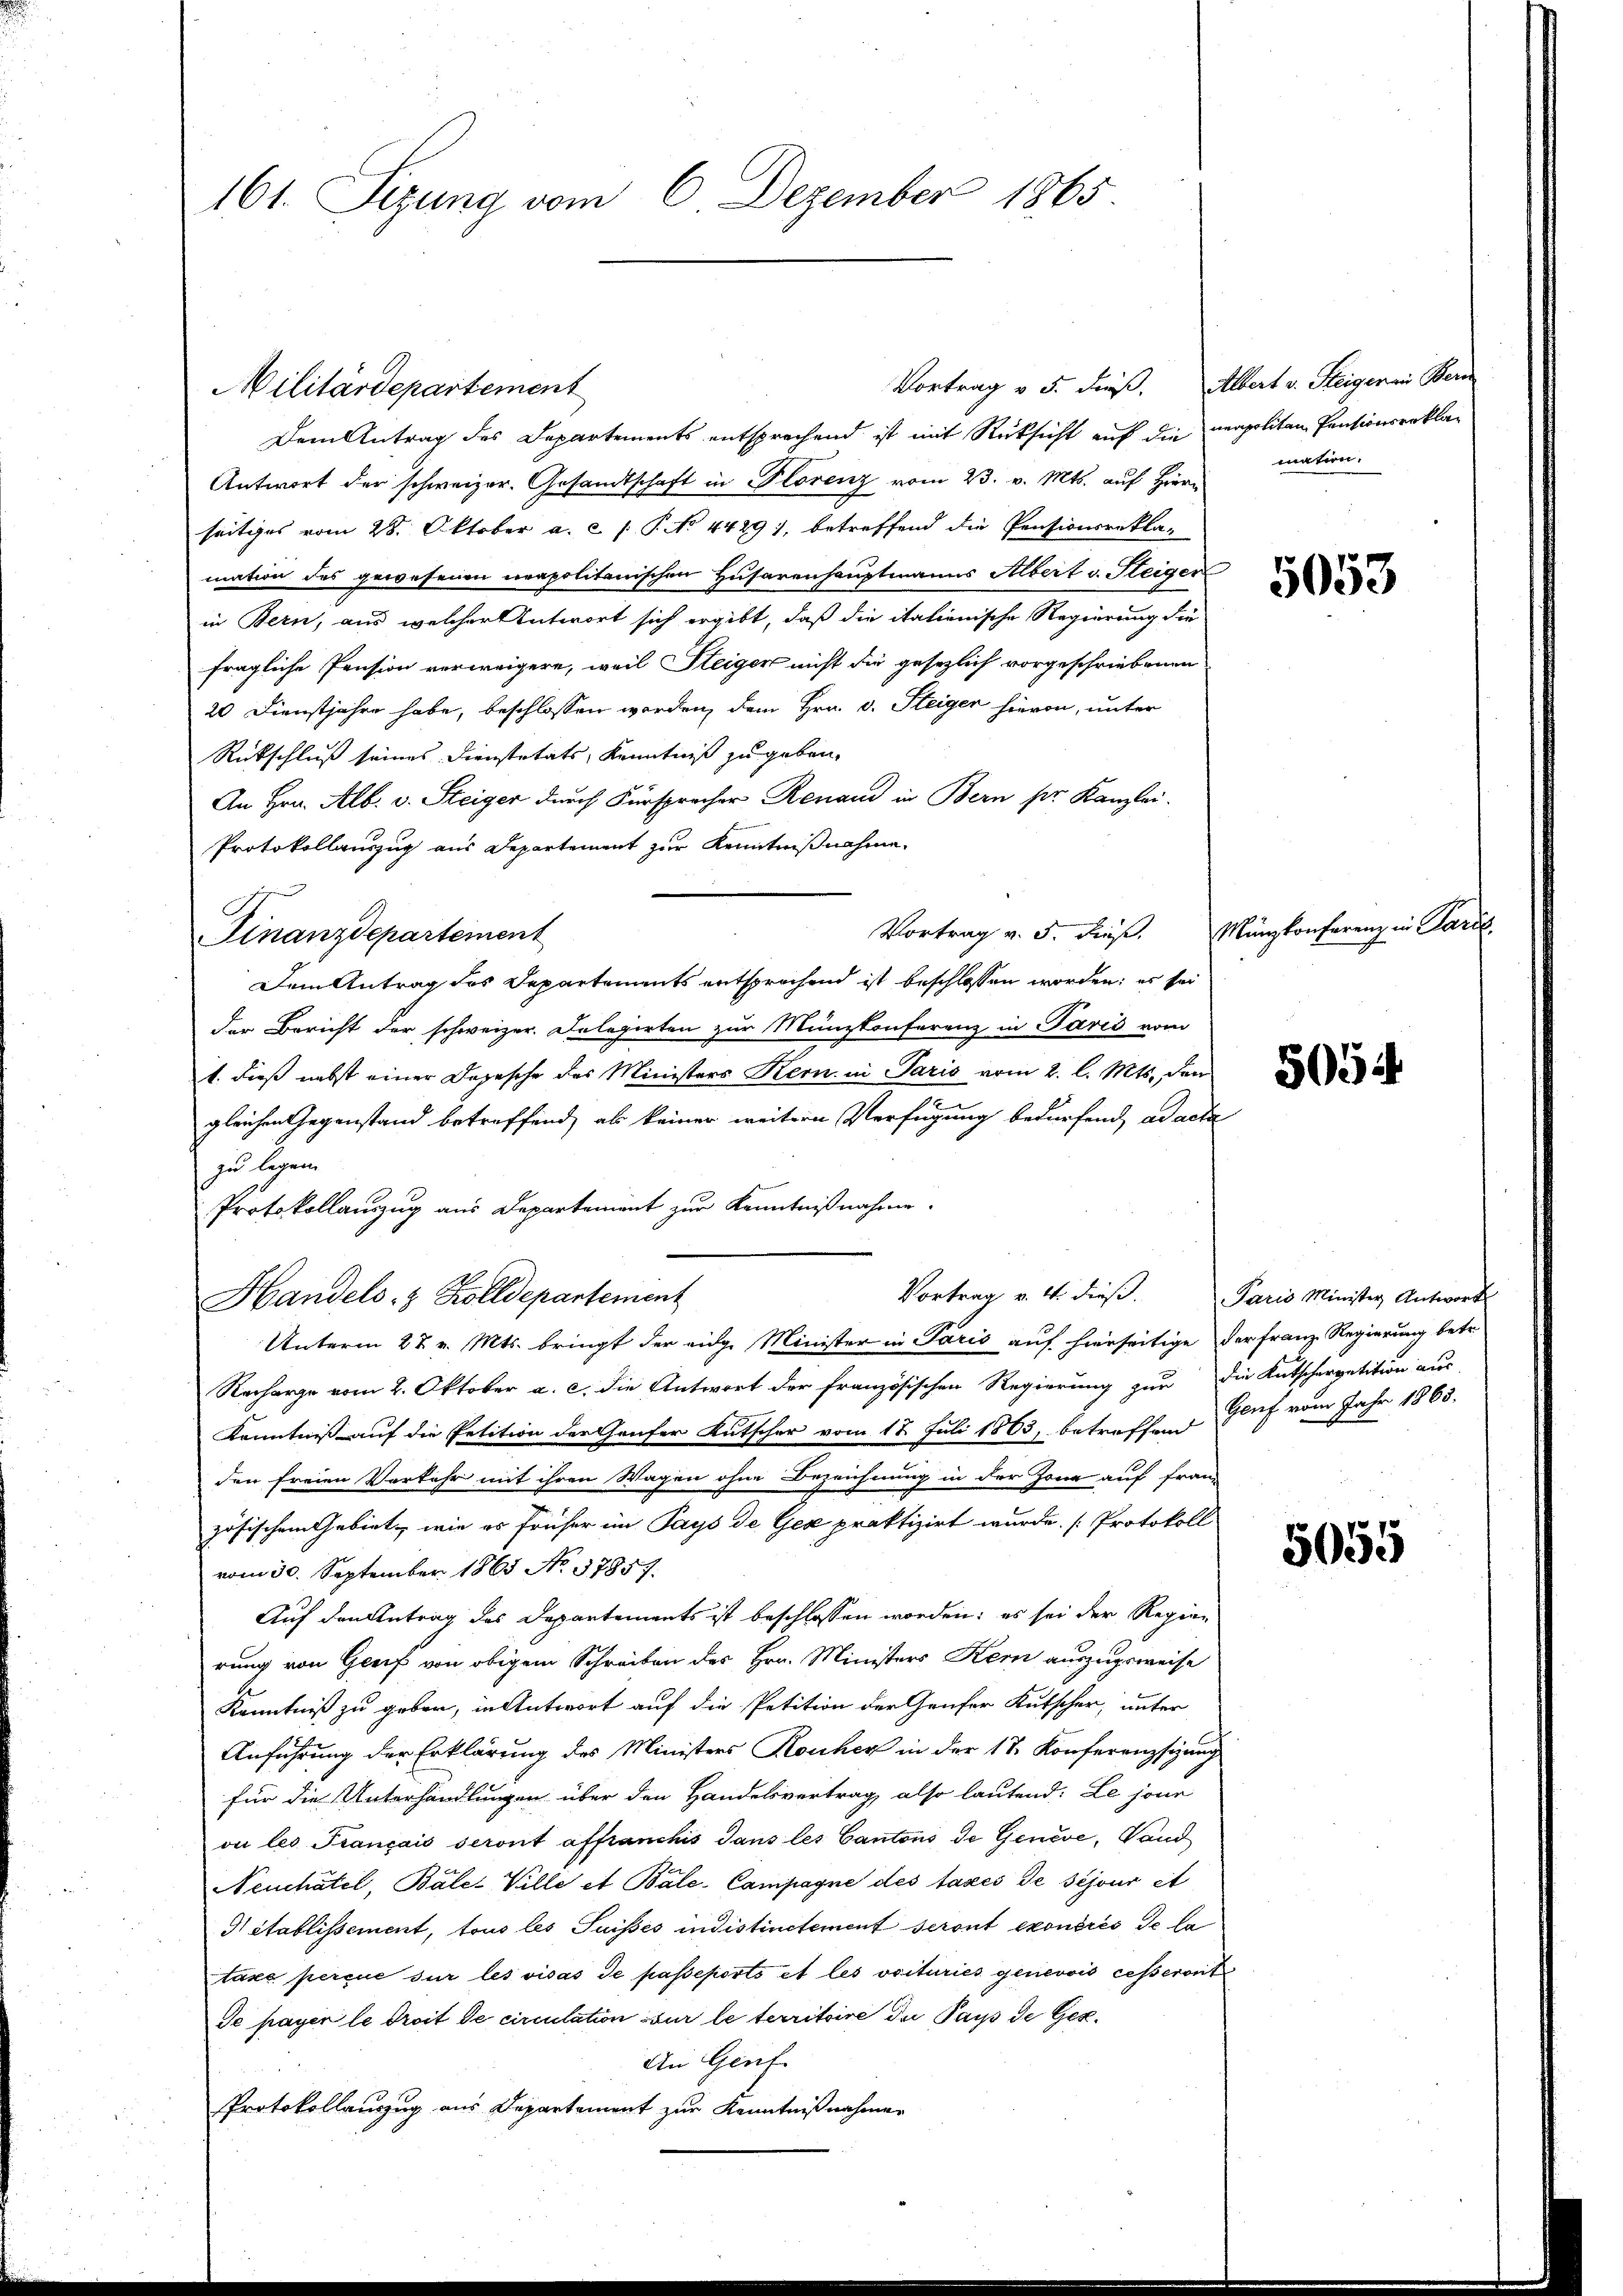
Vortrag v. 5. dieß. Albert v. Steiger in Bern
Militärdepartement
Dem Antrag des Departements entsprechend ist mit Rücksicht auf die neapoliten Pensionserkla¬
Antwort der schweizer. Gesandtschaft in Florenz vom 23. v. Mts. auf Hiern
seitiges vom 28. Oktober a. c. /: P. No 4429), betreffend die Pensionsrekla-
mation des gewesenen neapolitanischen Husarenhauptmanns Albert v. Steiger
in Bern, aus welcher Antwort sich ergibt, daß die itationische Regierung die
fragliche Pension verweigere, weil Steiger nicht die gesezlich vorgeschriebenen
20 Dienstjahre habe, beschlossen worden, dem Hrn. v. Steiger hievon, unter
Rückschluß seines Dienstatats, Kenntniß zu geben,
An Hrn. Alb. v. Steiger durch Fürspracher Renaud in Bern pr. Kanzlei.
Protokollauszug aus Departement zur Kenntnißnahme.
Vortrag v. 5. dies. Manzkonferenz in Paröl
Finanzdepartement
Dem Antrag des Departements entsprechend ist beschlossen worden; es sei
der Bericht der schweizer. Delegirten zur Münzkonferenz in Paris vom
1. dieß nebst einer Dopesche des Ministers Kern in Paris vom 2. l. Mts. den
gleichen Gegenstand betreffend, als keiner weitern Verfügung bedürfend ad acta
zu legen.
Protokollauszug aus Departement zur Kenntnißnahme.
Vortrag v. 4. dieß.
Handels- & Zolldepartement
Unterm 27. v. Mts. bringt der eidg. Minister in Paris auf hierseitige der Franz Regierung betr.
Recharge vom 2. Oktober a. c. die Antwort der französischen Regierung zur die Kutscherpetition aus
Kenntniß auf die Petition der Genfer Kutscher vom 18. Juli 1863, betreffend
den freien Verkehr mit ihren Wagen ohne Bezeichnung in der Jone auf fran-
zösischem Gebiet, wie es früher im Pays de Gex praktizirt wurde. [Protokoll
vom 30. September 1863 No 37857.
Auf den Antrag des Departements ist beschlossen worden: es sei der Regien
rung von Genf von obigem Schreiben des Hrn. Ministers Kern auszugsweise
Kenntniß zu geber, in Antwort auf die Petition der Genfer Kutscher, unter
Anführung der Erklärung des Ministers Rauher in der 17. Konferenzstung
für die Unterhandlungen über den Handelsvertrag also lautend: Lesene
on les Français seront affranchis sans les Cantons de Genève, Vand
Neuchâtel, Bále- Ville et Bale-Campagne des taxes de séjour et
 établissement, tous les Suisses indistinctement seront exoneres de la
taxe percue sur les visas de passeports et les voituries genevois cesseront
Je payer le droit de circulation sur le territoire die Papp de Gez.
An Genf
Protokollauszug aus Departement zur Kenntnißnahmen

161. Sitzung vom 6. Dezember 1865

mation.

5053

5054

Paris Minister Antwort
Genf vom Jahr 1865.

5055